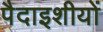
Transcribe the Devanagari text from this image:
पैदाइशीयों